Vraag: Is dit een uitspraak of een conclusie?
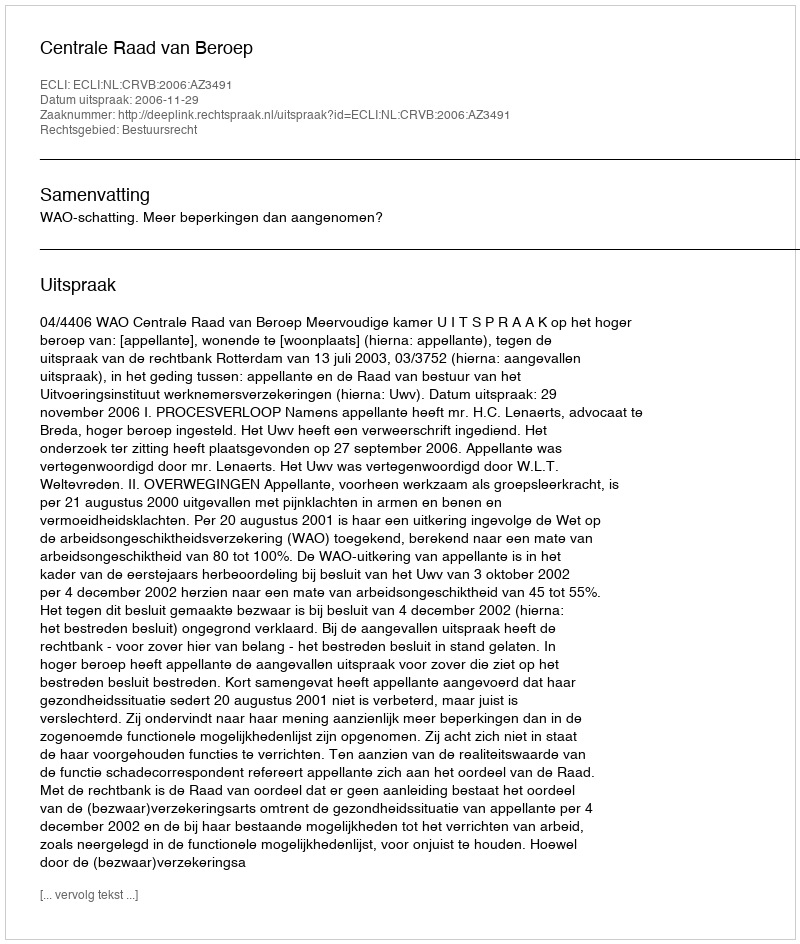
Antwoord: Uitspraak